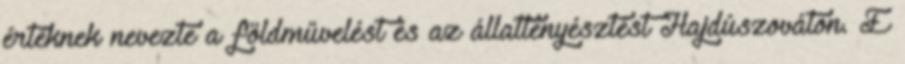
értéknek nevezte a földművelést és az állattenyésztést Hajdúszováton. E